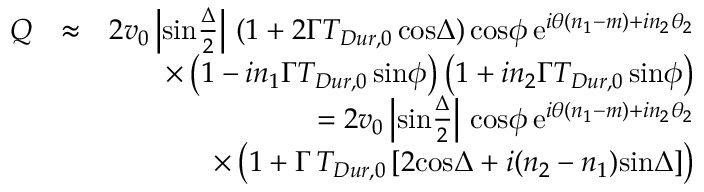
\begin{array} { r l r } { Q } & { \approx } & { 2 v _ { 0 } \left| \mathrm { s i n } { \frac { \Delta } { 2 } } \right| \, ( 1 + 2 \Gamma T _ { D u r , 0 } \, \mathrm { c o s } \Delta ) \, \mathrm { c o s } \phi \, \mathrm { e } ^ { i \theta ( n _ { 1 } - m ) + i n _ { 2 } \theta _ { 2 } } } \\ & { } & { \times \left( 1 - i n _ { 1 } \Gamma T _ { D u r , 0 } \, \mathrm { s i n } \phi \right) \left( 1 + i n _ { 2 } \Gamma T _ { D u r , 0 } \, \mathrm { s i n } \phi \right) } \\ & { } & { = 2 v _ { 0 } \left| \mathrm { s i n } { \frac { \Delta } { 2 } } \right| \, \mathrm { c o s } \phi \, \mathrm { e } ^ { i \theta ( n _ { 1 } - m ) + i n _ { 2 } \theta _ { 2 } } } \\ & { } & { \times \left( 1 + \Gamma \, T _ { D u r , 0 } \left[ 2 \mathrm { c o s } \Delta + i ( n _ { 2 } - n _ { 1 } ) \mathrm { s i n } \Delta \right] \right) } \end{array}